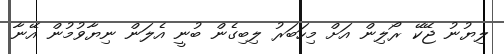
ލިޔުނު ޖޭކޭ ރޯލިން އަށް މިހަބަރު ލިބިގެން ބުނީ އެލަން ނިޔާވުމުން އޭނާ